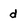
Character: d